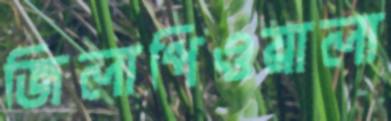
জিলাপিওয়ালা